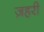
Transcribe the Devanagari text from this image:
ज़हरी